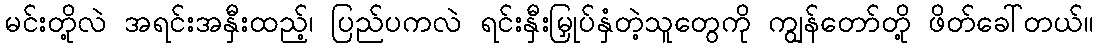
မင်းတို့လဲ အရင်းအနှီးထည့်၊ ပြည်ပကလဲ ရင်းနှီးမြှုပ်နှံတဲ့သူတွေကို ကျွန်တော်တို့ ဖိတ်ခေါ်တယ်။